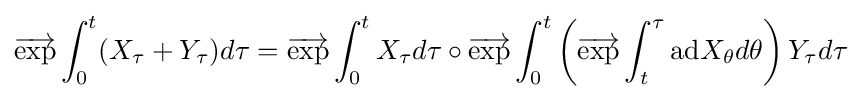
{\overrightarrow {\mathrm {exp} }}\int _{0}^{t}(X_{\tau }+Y_{\tau })d\tau ={\overrightarrow {\mathrm {exp} }}\int _{0}^{t}X_{\tau }d\tau \circ {\overrightarrow {\mathrm {exp} }}\int _{0}^{t}\left({\overrightarrow {\mathrm {exp} }}\int _{t}^{\tau }\mathrm {ad} X_{\theta }d\theta \right)Y_{\tau }d\tau